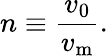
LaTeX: n\equiv\frac{v_{0}}{v_{\mathrm{{m}}}}.